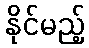
နိုင်မည့်